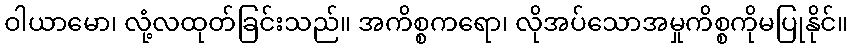
ဝါယာမော၊ လုံ့လထုတ်ခြင်းသည်။ အကိစ္စကရော၊ လိုအပ်သောအမှုကိစ္စကိုမပြုနိုင်။